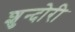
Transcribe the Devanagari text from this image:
शुन्दोरी